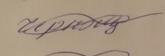
Signature authenticity: forged